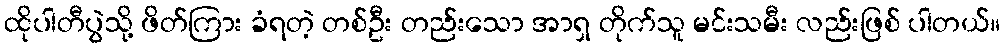
ထိုပါတီပွဲသို့ ဖိတ်ကြား ခံရတဲ့ တစ်ဦး တည်းသော အာရှ တိုက်သူ မင်းသမီး လည်းဖြစ် ပါတယ်။